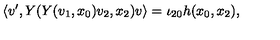
\left\langle v ^ { \prime } , Y ( Y ( v _ { 1 } , x _ { 0 } ) v _ { 2 } , x _ { 2 } ) v \right\rangle = \iota _ { 2 0 } h ( x _ { 0 } , x _ { 2 } ) ,